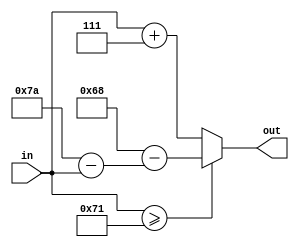
`timescale 1ns / 1ps

module model(

    input [7:0] in,
    output reg [7:0] out
    );
    
    always @(*) begin
    
        if ( in >= "q") begin
            out = "a" + 7 - ("z" - in);
        end else begin
            out = in + 7;
        end
 
    end
endmodule